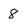
Character: 8